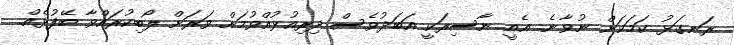
ރަނގަޅު ކަމަކަށް ނުވާނެ. އެއީ ނާސިރަކީ އަބަދުވެސް ދިރިއުޅުއްވުމަށް ވަރަށް ލޯބިކުރައްވާ ބޭފުޅެއް.